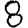
Digit: 8